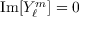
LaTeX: { \mathrm { I m } } [ Y _ { \ell } ^ { m } ] = 0